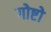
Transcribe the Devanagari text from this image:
गोष्टो